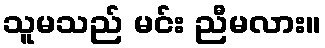
သူမသည် မင်း ညီမလား။